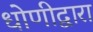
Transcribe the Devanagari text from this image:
धोणीद्वारा